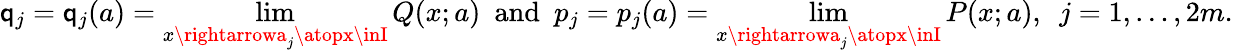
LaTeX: \mathsf{q}_{j}=\mathsf{q}_{j}(a)=\operatorname*{lim}_{x\rightarrowa_{j}\atopx\inI}Q(x;a)\ \ \mathrm{{and}}\ \ p_{j}=p_{j}(a)=\operatorname*{lim}_{x\rightarrowa_{j}\atopx\inI}P(x;a),\ \ j=1,\ldots,2m.